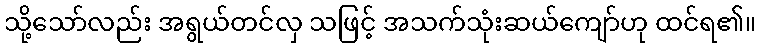
သို့သော်လည်း အရွယ်တင်လှ သဖြင့် အသက်သုံးဆယ်ကျော်ဟု ထင်ရ၏။